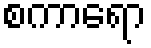
စကာရော